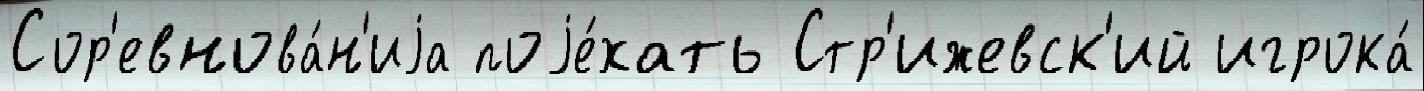
Сор'евнова́н'иjа поjе́хать Стр'ижевск'ий игрока́